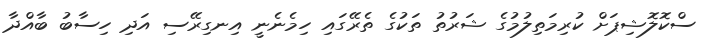
ސްކޮލޮޝިޕަށް ކުރިމަތިލުމުގެ ޝަރުތު ތަކުގެ ތެރޭގައި ހިމެނެނީ އިނގިރޭސި އަދި ހިސާބު ބާއްދާ